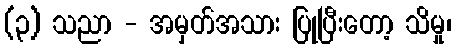
(၃) သညာ - အမှတ်အသား ပြုပြီးတော့ သိမှု၊